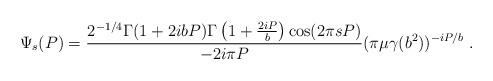
LaTeX: \begin{align*}\Psi_s (P) = \frac{2^{-1/4} \Gamma (1 + 2 i b P) \Gamma \left( 1 + \frac{ 2 i P}{b} \right) \cos (2 \pi s P)} { - 2 i \pi P} ( \pi \mu \gamma (b^2))^{- i P /b} ~.\end{align*}